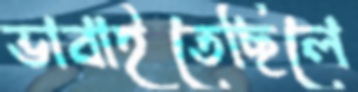
ভাবাইতেছিলে